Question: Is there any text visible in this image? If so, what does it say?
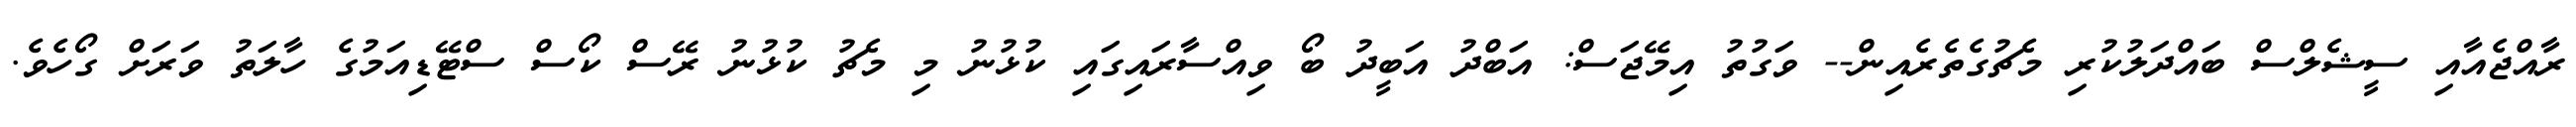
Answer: ރާއްޖެއާއި ސީޝެލްސް ބައްދަލުކުރި މެޗުގެތެރެއިން-- ވަގުތު އިމޭޖަސް: އަބްދު އަބީދު ބޯ ވިއްސާރައިގައި ކުޅުނު މި މެޗު ކުޅުނު ރޭސް ކޯސް ސްޓޭޑިއަމުގެ ހާލަތު ވަރަށް ގޯހެވެ.